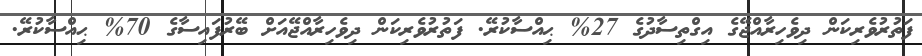
ފަތުރުވެރިކަން ދިވެހިރާއްޖޭގެ އިގްތިސާދުގެ 27% ޙިއްސާކުރޭ. ފަތުރުވެރިކަން ދިވެހިރާއްޖޭއަށް ބޭރުފައިސާގެ 70% ޙިއްސާކުރޭ.